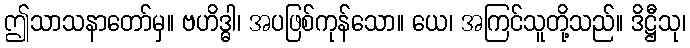
ဤသာသနာတော်မှ။ ဗဟိဒ္ဓါ၊ အပဖြစ်ကုန်သော။ ယေ၊ အကြင်သူတို့သည်။ ဒိဋ္ဌီသု၊